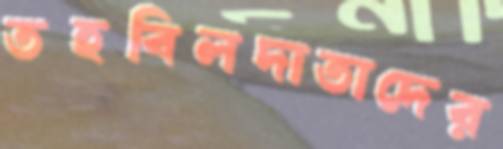
তহবিলদাতাদের